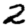
Digit: 2